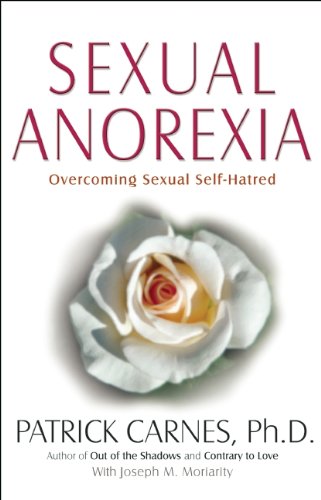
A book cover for Sexual Anorexia: Overcoming Sexual Self-Hatred; Patrick J. Carnes Ph.D.; Self-Help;